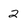
Character: 2